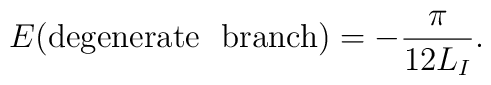
E({\rm degenerate~~branch})=-\frac{\pi}{12L_I}.